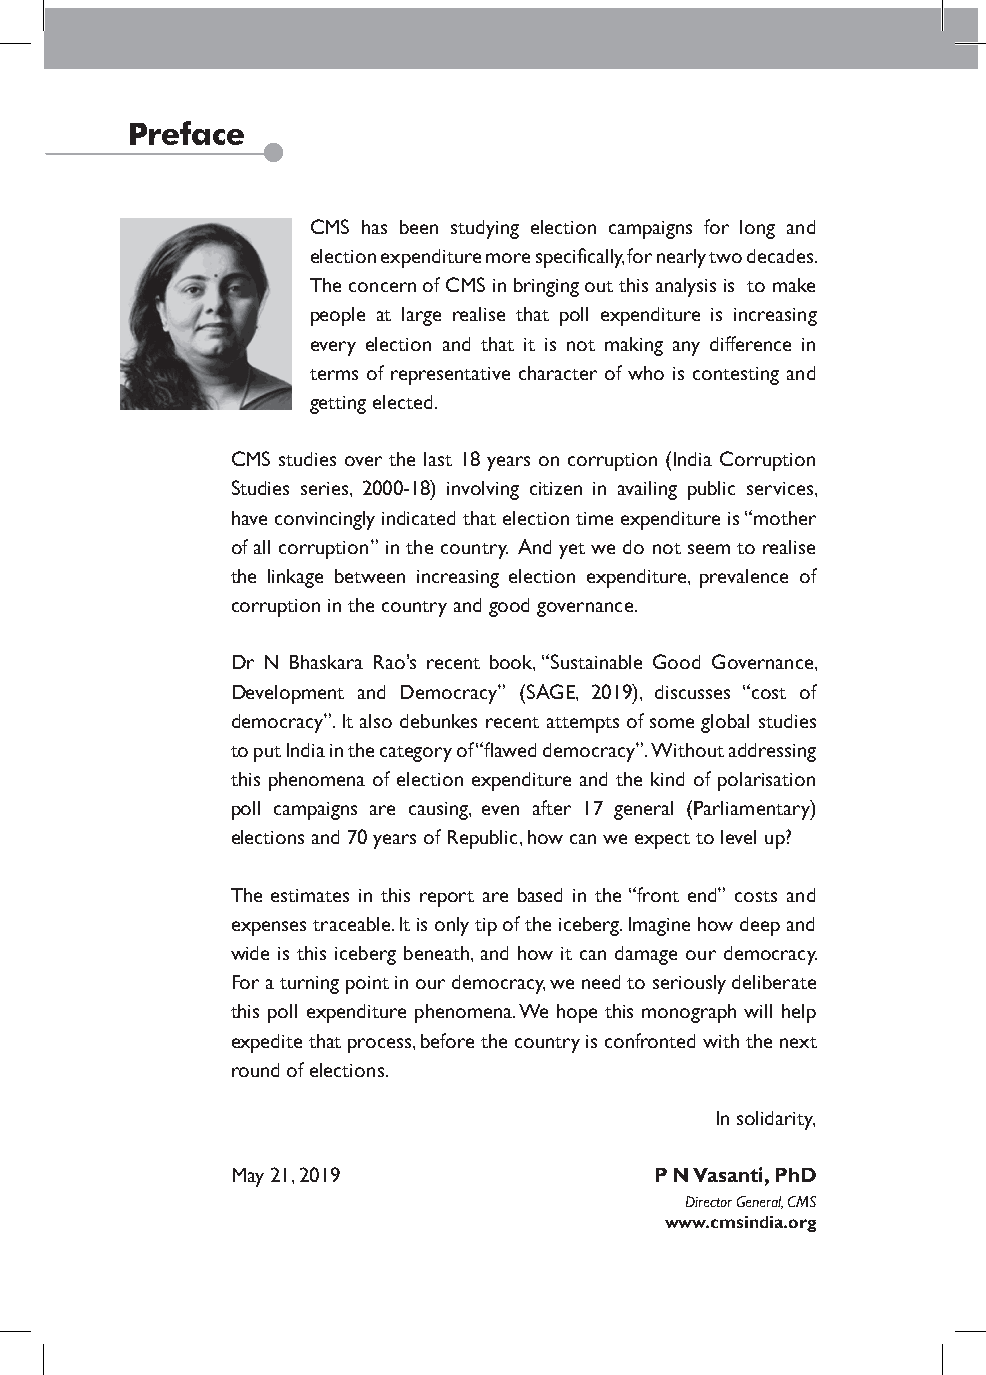
Preface
 CMS has been studying election campaigns for long and
 election expenditure more specifically, for nearly two decades.
 The concern of CMS in bringing out this analysis is to make
 people at large realise that poll expenditure is increasing
 every election and that it is not making any difference in
 terms of representative character of who is contesting and
 getting elected.
 CMS studies over the last 18 years on corruption (India Corruption
 Studies series, 2000-18) involving citizen in availing public services,
 have convincingly indicated that election time expenditure is “mother
 of all corruption” in the country. And yet we do not seem to realise
 the linkage between increasing election expenditure, prevalence of
 corruption in the country and good governance.
 Dr N Bhaskara Rao’s recent book, “Sustainable Good Governance,
 Development and Democracy” (SAGE, 2019), discusses “cost of
 democracy”. It also debunkes recent attempts of some global studies
 to put India in the category of “flawed democracy”. Without addressing
 this phenomena of election expenditure and the kind of polarisation
 poll campaigns are causing, even after 17 general (Parliamentary)
 elections and 70 years of Republic, how can we expect to level up?
 The estimates in this report are based in the “front end” costs and
 expenses traceable. It is only tip of the iceberg. Imagine how deep and
 wide is this iceberg beneath, and how it can damage our democracy.
 For a turning point in our democracy, we need to seriously deliberate
 this poll expenditure phenomena. We hope this monograph will help
 expedite that process, before the country is confronted with the next
 round of elections.
 In solidarity,
 May 21, 2019                P N Vasanti, PhD
 Director General, CMS
 www.cmsindia.org